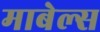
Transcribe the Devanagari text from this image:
माबेल्स